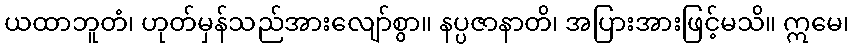
ယထာဘူတံ၊ ဟုတ်မှန်သည်အားလျော်စွာ။ နပ္ပဇာနာတိ၊ အပြားအားဖြင့်မသိ။ ဣမေ၊